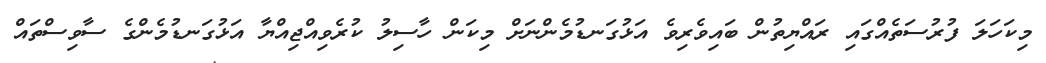
މިކަހަލަ ފުރުސަތެއްގައި ރައްޔިތުން ބައިވެރިވެ އަޅުގަނޑުމެންނަށް މިކަން ހާސިލު ކުރެވިއްޖިއްޔާ އަޅުގަނޑުމެންގެ ސާވިސްތައް